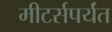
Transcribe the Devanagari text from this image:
मीटर्सपर्यंत